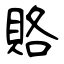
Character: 賂